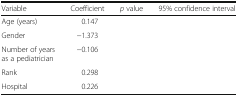
<table><thead><tr><td><b>Variable</b></td><td><b>Coefficient</b></td><td><b><i>p</i> value</b></td><td><b>95% confidence interval</b></td></tr></thead><tbody><tr><td>Age (years)</td><td>0.147</td><td>[EMPTY_CELL]</td><td>[EMPTY_CELL]</td></tr><tr><td>Gender</td><td>−1.373</td><td>[EMPTY_CELL]</td><td>[EMPTY_CELL]</td></tr><tr><td>Number of years as a pediatrician</td><td>−0.106</td><td>[EMPTY_CELL]</td><td>[EMPTY_CELL]</td></tr><tr><td>Rank</td><td>0.298</td><td>[EMPTY_CELL]</td><td>[EMPTY_CELL]</td></tr><tr><td>Hospital</td><td>0.226</td><td>[EMPTY_CELL]</td><td>[EMPTY_CELL]</td></tr></tbody></table>